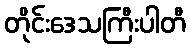
တိုင်းဒေသကြီးပါတီ